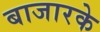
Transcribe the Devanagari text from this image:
बाजारके